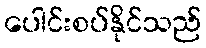
ပေါင်းစပ်နိုင်သည်